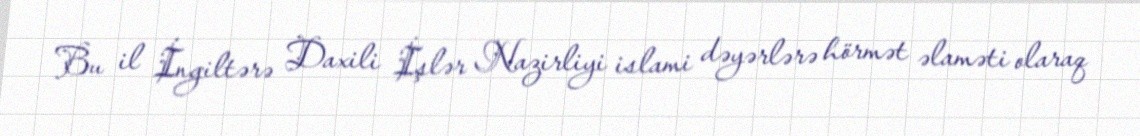
Bu il İngiltərə Daxili İşlər Nazirliyi islami dəyərlərə hörmət əlaməti olaraq